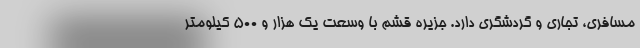
مسافری، تجاری و گردشگری دارد. جزیره قشم با وسعت یک هزار و ۵۰۰ کیلومتر